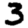
Digit: 3